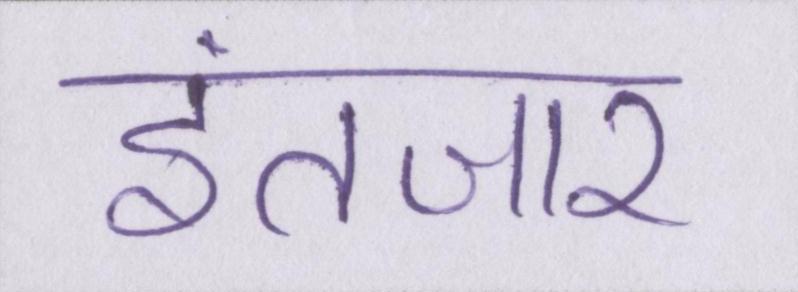
इंतजार